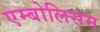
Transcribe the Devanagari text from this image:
एम्बोलिसम